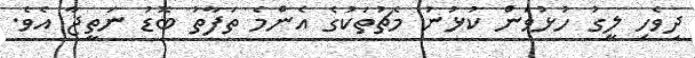
ދިވެހި ލީގު ހުޅުވަން ކުޅުނު މެޗުތަކުގެ އެންމެ ތަފާތު ބޮޑު ނަތީޖާ އެވެ.